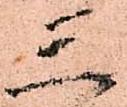
三